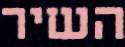
השיר